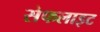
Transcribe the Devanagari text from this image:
सेफलाइट